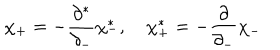
\chi _ { + } = - \frac { \partial ^ { * } } { \partial _ { - } } \chi _ { - } ^ { * } , \quad \chi _ { + } ^ { * } = - \frac { \partial } { \partial _ { - } } \chi _ { - }